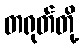
တရုတ်တို့